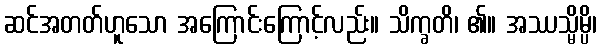
ဆင်အတတ်ဟူသော အကြောင်းကြောင့်လည်း။ သိက္ခတိ၊ ၏။ အဿသ္မိမ္ပိ၊